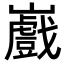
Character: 𭗲